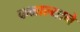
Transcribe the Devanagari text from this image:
कळाल्याने